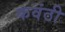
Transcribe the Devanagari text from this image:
कवंठी